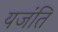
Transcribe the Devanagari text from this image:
यजंति